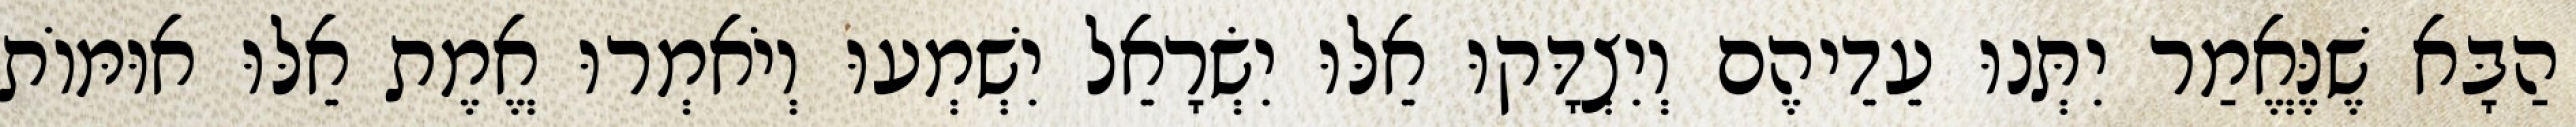
הַבָּא שֶׁנֶּאֱמַר יִתְּנוּ עֵדֵיהֶם וְיִצְדָּקוּ אֵלּוּ יִשְׂרָאֵל יִשְׁמְעוּ וְיֹאמְרוּ אֱמֶת אֵלּוּ אוּמּוֹת